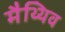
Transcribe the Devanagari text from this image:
मैथ्थिव